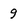
Character: 9